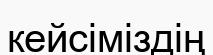
кейсіміздің